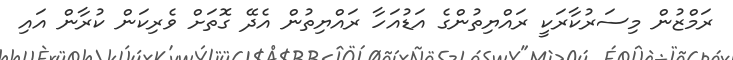
ރަމްޒުން މިސަރުކާރަކީ ރައްޔިތުންގެ އަޑުއަހާ ރައްޔިތުން އެދޭ ގޮތަށް ވެރިކަން ކުރާން އައި